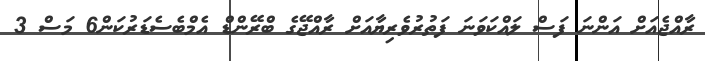
ރާއްޖެއަށް އަންނަ ފަސް ލައްކަވަނަ ފަތުރުވެރިޔާއަށް ރާއްޖޭގެ ބްރޭންޑް އެމްބެސެޑަރުކަން6 މަސް 3